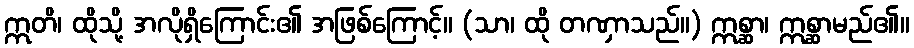
ဣတိ၊ ထိုသို့ အလိုရှိကြောင်း၏ အဖြစ်ကြောင့်။ (သာ၊ ထို တဏှာသည်။) ဣစ္ဆာ၊ ဣစ္ဆာမည်၏။